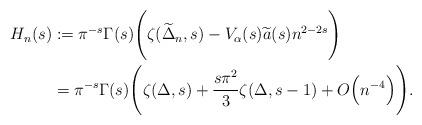
LaTeX: \begin{align*}H_n(s) &:= \pi^{-s}\Gamma(s)\Bigg(\zeta (\widetilde{\Delta}_n,s)-V_\alpha(s) \widetilde a(s)n^{2-2s}\Bigg)\\ &= \pi^{-s}\Gamma(s) \Bigg( \zeta(\Delta,s) + \frac{s\pi^2}{3} \zeta(\Delta,s-1) + O\Bigl(n^{-4}\Bigr) \Bigg).\end{align*}